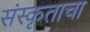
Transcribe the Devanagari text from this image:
संस्कृताचा